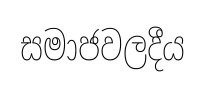
සමාජවලදීය